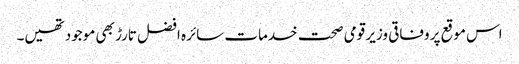
اس موقع پر وفاقی وزیر قومی صحت خدمات سائرہ افضل تارڑ بھی موجود تھیں۔